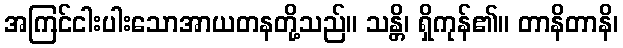
အကြင်ငါးပါးသောအာယတနတို့သည်။ သန္တိ၊ ရှိကုန်၏။ တာနိတာနိ၊